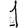
Digit: 1